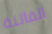
الفاتنة